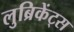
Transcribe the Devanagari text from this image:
लुब्रिकेंट्स